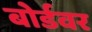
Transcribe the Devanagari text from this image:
बोर्डवर